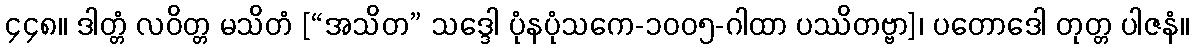
၄၄၈။ ဒါတ္တံ လဝိတ္တ မသိတံ [“အသိတ” သဒ္ဒေါ ပုံနပုံသကေ-၁၀၀၅-ဂါထာ ပဿိတဗ္ဗာ]၊ ပတောဒေါ တုတ္တ ပါဇနံ။